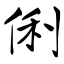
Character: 俐